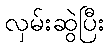
လှမ်းဆွဲပြီး